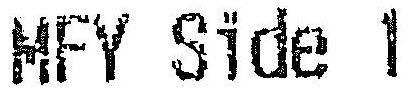
MFY SIDE 1